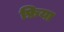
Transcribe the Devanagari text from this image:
फ्रिया